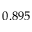
0 . 8 9 5